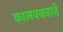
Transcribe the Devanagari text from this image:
कालयवनाने